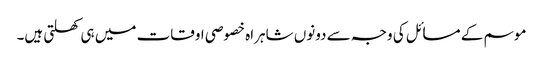
موسم کے مسائل کی وجہ سے دونوں شاہراہ خصوصی اوقات میں ہی کھلتی ہیں۔